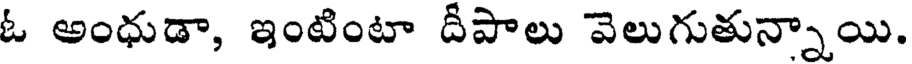
ఓ అంధుడా, ఇంటింటా దీపాలు వెలుగుతున్నాయి.